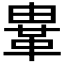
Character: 𩊄